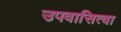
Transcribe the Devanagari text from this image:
उपवासित्वा